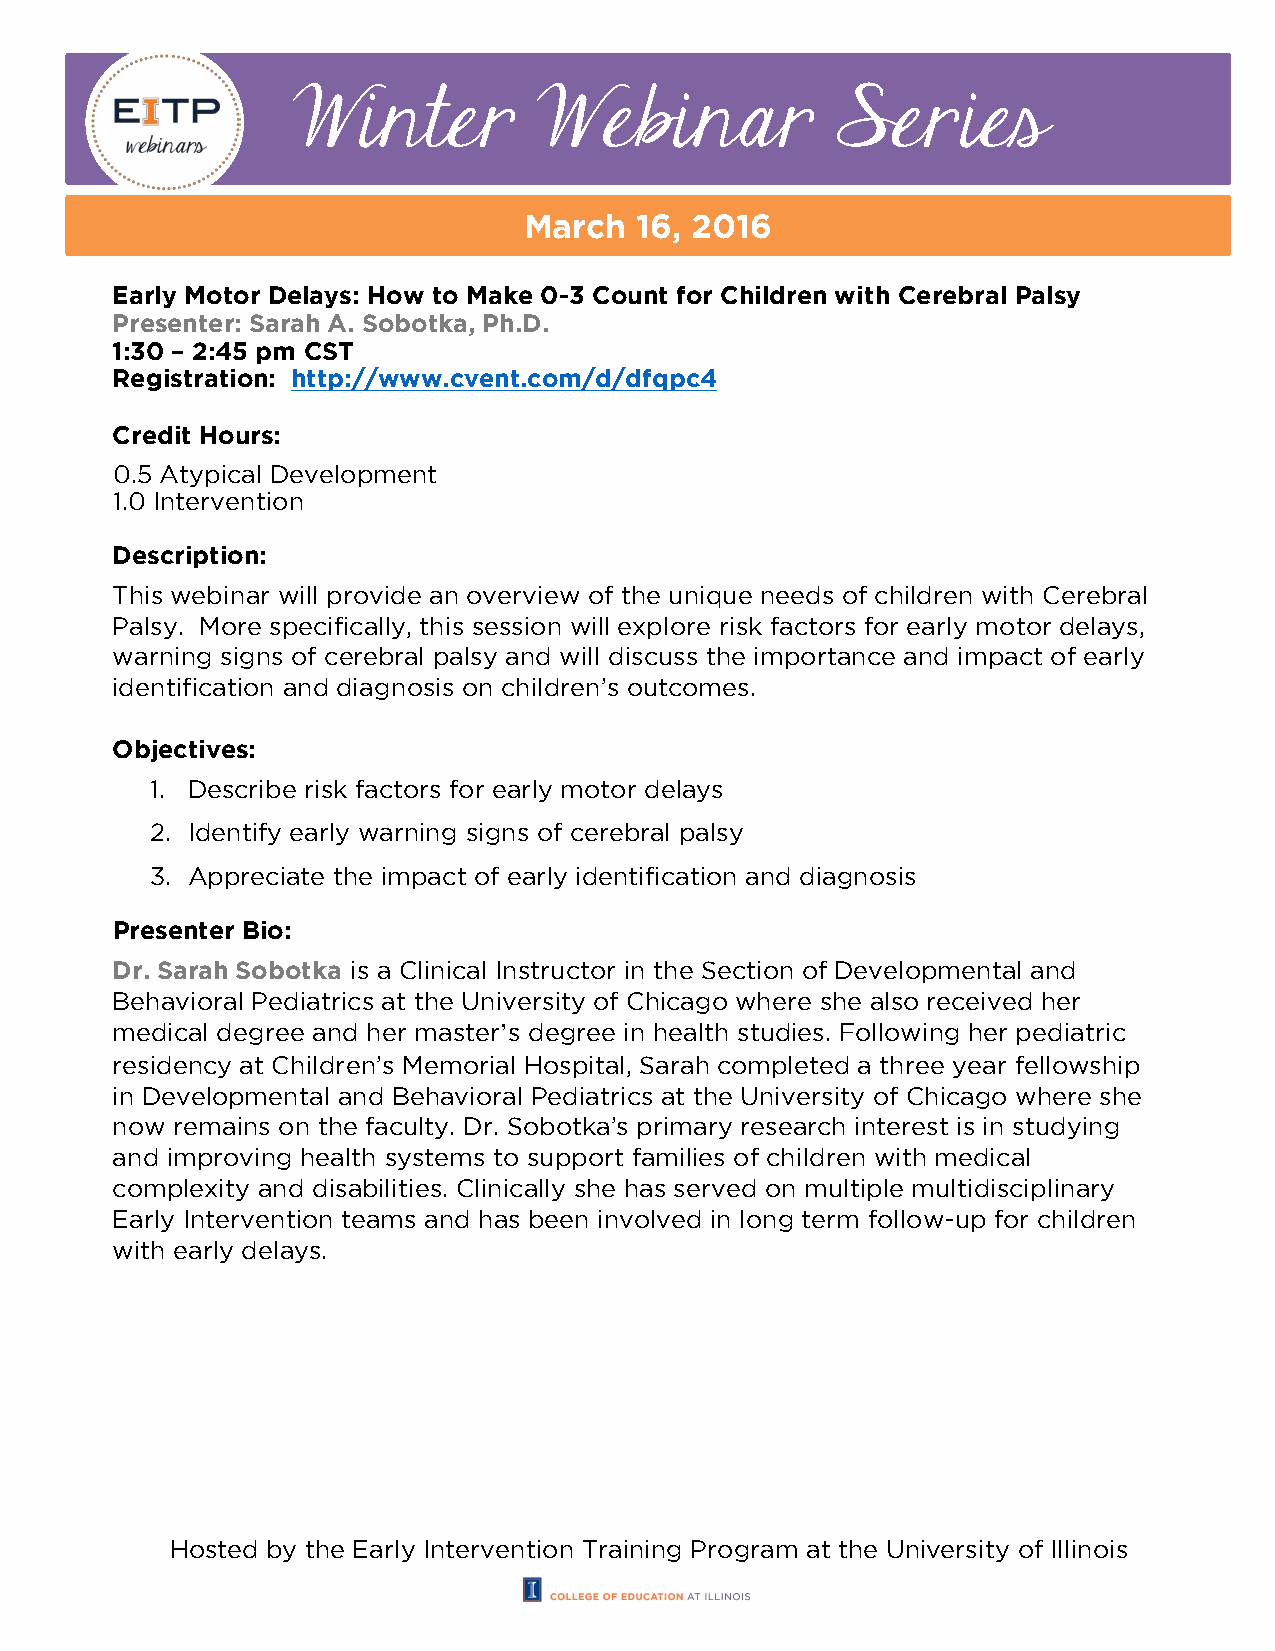
Winter           Webinar            Series
 March  16, 2016
 Early Motor Delays: How to Make 0-3 Count for Children with Cerebral Palsy
 Presenter: Sarah A. Sobotka, Ph.D.
 1:30 – 2:45 pm CST
 Registration: http://www.cvent.com/d/dfqpc4
 Credit Hours:
 0.5 Atypical Development
 1.0 Intervention
 Description:
 This webinar will provide an overview of the unique needs of children with Cerebral
 Palsy. More specifically, this session will explore risk factors for early motor delays,
 warning signs of cerebral palsy and will discuss the importance and impact of early
 identification and diagnosis on children’s outcomes.
 Objectives:
 1. Describe risk factors for early motor delays
 2. Identify early warning signs of cerebral palsy
 3. Appreciate the impact of early identification and diagnosis
 Presenter Bio:
 Dr. Sarah Sobotka is a Clinical Instructor in the Section of Developmental and
 Behavioral Pediatrics at the University of Chicago where she also received her
 medical degree and her master’s degree in health studies. Following her pediatric
 residency at Children’s Memorial Hospital, Sarah completed a three year fellowship
 in Developmental and Behavioral Pediatrics at the University of Chicago where she
 now remains on the faculty. Dr. Sobotka’s primary research interest is in studying
 and improving health systems to support families of children with medical
 complexity and disabilities. Clinically she has served on multiple multidisciplinary
 Early Intervention teams and has been involved in long term follow-up for children
 with early delays.
 Hosted by the Early Intervention Training Program at the University of Illinois